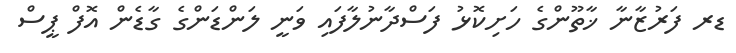
ޑރ ފަރުޒާނާ ޚާތޫންގެ ހަށިކޮޅު ފަސްދާނުލާފައި ވަނީ ލަންޑަންގެ ގާޑެން އޮފް ޕީސް